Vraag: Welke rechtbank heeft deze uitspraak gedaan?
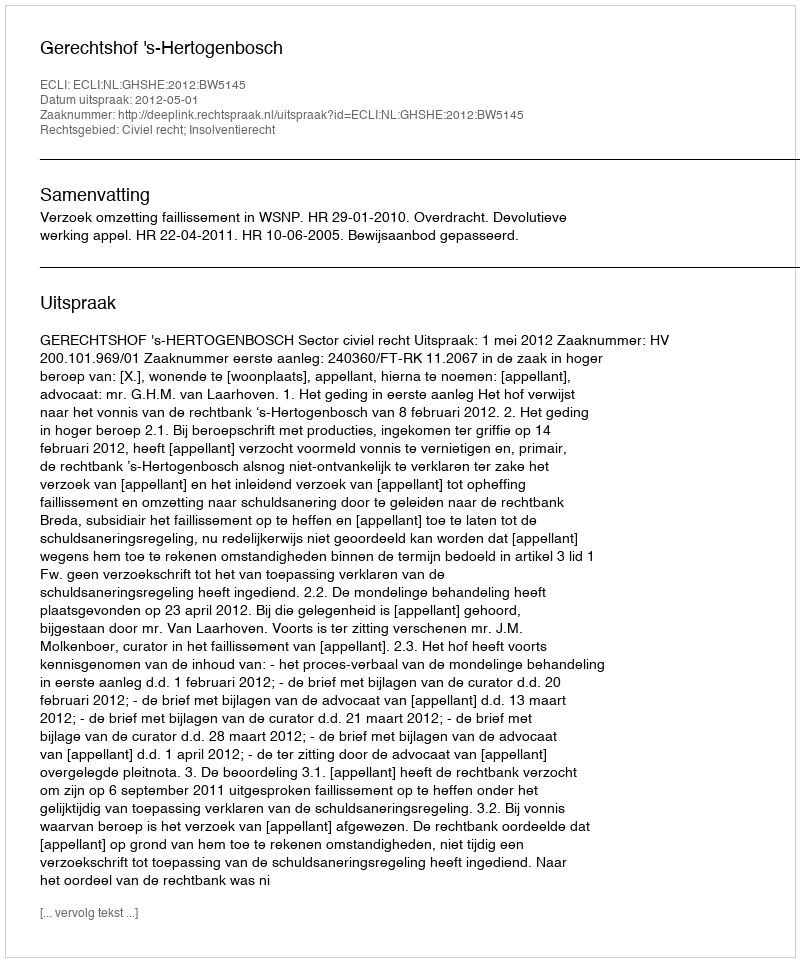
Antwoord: Gerechtshof 's-Hertogenbosch